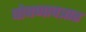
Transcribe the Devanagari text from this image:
घोषणापत्रात